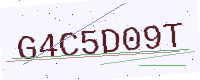
Text: G4C5D09T